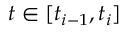
t \in [ t _ { i - 1 } , t _ { i } ]